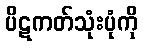
ပိဋကတ်သုံးပုံကို